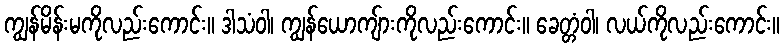
ကျွန်မိန်းမကိုလည်းကောင်း။ ဒါသံဝါ၊ ကျွန်ယောကျ်ားကိုလည်းကောင်း။ ခေတ္တံဝါ၊ လယ်ကိုလည်းကောင်း။